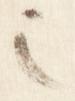
之